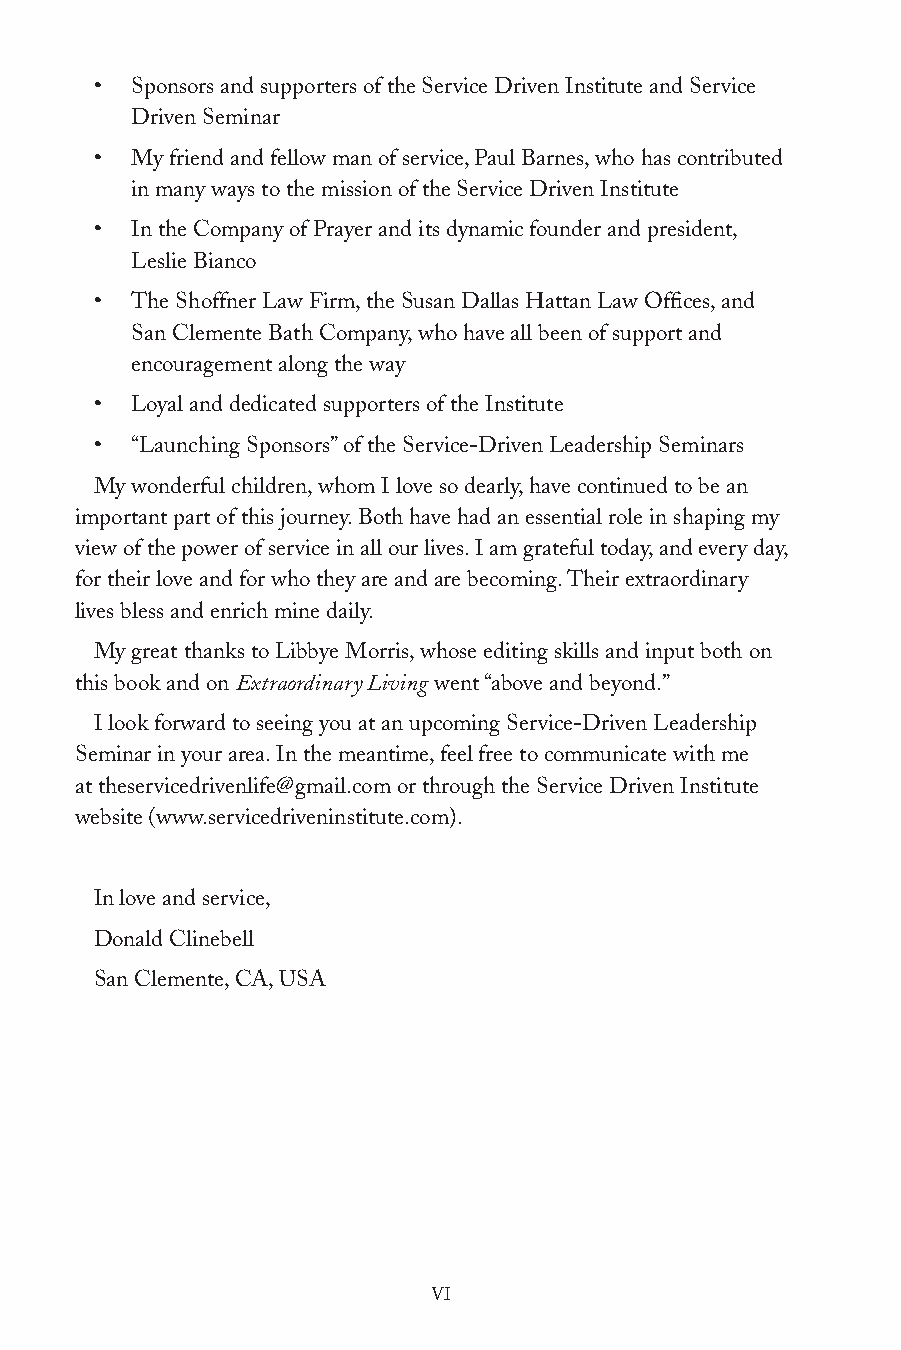
•  Sponsors and supporters of the Service Driven Institute and Service
 Driven Seminar
 •  My friend and fellow man of service, Paul Barnes, who has contributed
 in many ways to the mission of the Service Driven Institute
 •  In the Company of Prayer and its dynamic founder and president,
 Leslie Bianco
 •  The Shoffner Law Firm, the Susan Dallas Hattan Law Offices, and
 San Clemente Bath Company, who have all been of support and
 encouragement along the way
 •  Loyal and dedicated supporters of the Institute
 •  “Launching Sponsors” of the Service-Driven Leadership Seminars
 My wonderful children, whom I love so dearly, have continued to be an
 important part of this journey. Both have had an essential role in shaping my
 view of the power of service in all our lives. I am grateful today, and every day,
 for their love and for who they are and are becoming. Their extraordinary
 lives bless and enrich mine daily.
 My great thanks to Libbye Morris, whose editing skills and input both on
 this book and on Extraordinary Living went “above and beyond.”
 I look forward to seeing you at an upcoming Service-Driven Leadership
 Seminar in your area. In the meantime, feel free to communicate with me
 at theservicedrivenlife@gmail.com or through the Service Driven Institute
 website (www.servicedriveninstitute.com).
 In love and service,
 Donald Clinebell
 San Clemente, CA, USA
 VI